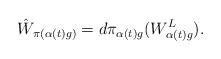
LaTeX: \begin{align*} \hat{W}_{\pi(\alpha(t)g)}=d\pi_{\alpha(t)g}(W^L_{\alpha(t)g}).\end{align*}